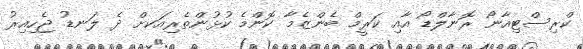
ކްރިސްޓިއާނޯ ރޮނާލްޑޯ އާއި ކަރީމް ބެންޒެމާ ކޮންމެ ކުޅުންތެރިއަކށް ދެ ލަނޑު ޖެހިއިރު